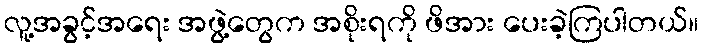
လူ့အခွင့်အရေး အဖွဲ့တွေက အစိုးရကို ဖိအား ပေးခဲ့ကြပါတယ်။